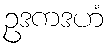
ဥဒကဒဟံ